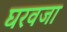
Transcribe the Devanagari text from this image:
घरवजा